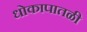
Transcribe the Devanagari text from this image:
धोकापातळी